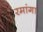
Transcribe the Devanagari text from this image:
रमांगा